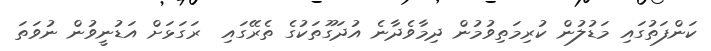
ކަންފަތުގައި މަޑުލުން ކުރިމަތިވުމުން ދިމާވެދާނެ އުދަގޫތަކުގެ ތެރޭގައި  ރަގަޅަށް އަޑުނީވުން ނުވަތަ